Indian journal of veterinary science and animal husbandry - Volumes 26-27, 1956-1957
Year: 1956
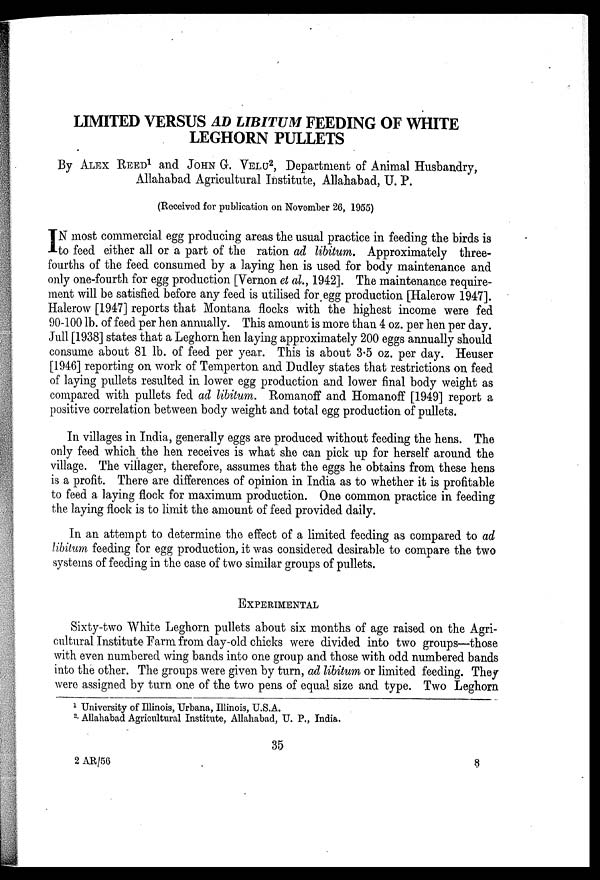
LIMITED VERSUS AD LIBITUM FEEDING OF WHITE
LEGHORN PULLETS
By ALEX REED1 and JOHN G. VELU 2 , Department of Animal Husbandry,
Allahabad Agricultural Institute, Allahabad, U. P.
(Received for publication on November 26, 1955)
I N most commercial egg producing areas the usual practice in feeding the birds is
to feed either all or a part of the ration ad libitum. Approximately three-
fourths of the feed consumed by a laying hen is used for body maintenance and
only one-fourth for egg production [Vernon et al., 1942]. The maintenance require-
ment will be satisfied before any feed is utilised for egg production [Halerow 1947].
Halerow [1947] reports that Montana flocks with the highest income were fed
90-100 lb. of feed per hen annually. This amount is more than 4 oz. per hen per day.
Jull [1938] states that a Leghorn hen laying approximately 200 eggs annually should
consume about 81 lb. of feed per year. This is about 3.5 oz. per day. Heuser
[1946] reporting on work of Temperton and Dudley states that restrictions on feed
of laying pullets resulted in lower egg production and lower final body weight as
compared with pullets fed ad libitum. Romanoff and Homanoff [1949] report a
positive correlation between body weight and total egg production of pullets.
In villages in India, generally eggs are produced without feeding the hens. The
only feed which the hen receives is what she can pick up for herself around the
village. The villager, therefore, assumes that the eggs he obtains from these hens
is a profit. There are differences of opinion in India as to whether it is profitable
to feed a laying flock for maximum production. One common practice in feeding
the laying flock is to limit the amount of feed provided daily.
In an attempt to determine the effect of a limited feeding as compared to ad
libitum feeding for egg production, it was considered desirable to compare the two
systems of feeding in the case of two similar groups of pullets.
EXPERIMENTAL
Sixty-two White Leghorn pullets about six months of age raised on the Agri-
cultural Institute Farm from day-old chicks were divided into two groups—those
with even numbered wing bands into one group and those with odd numbered bands
into the other. The groups were given by turn, ad libitum or limited feeding. They
were assigned by turn one of the two pens of equal size and type. Two Leghorn
1 University of Illinois, Urbana, Illinois, U.S.A.
2 Allahabad Agricultural Institute. Allahabad. U. P.. India.
35
2
AR/56
9